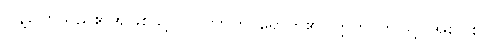
ပြန့်ပြောသည်၏အဖြစ်သို့။ ပါပုဏာတိ၊ ရောက်၏။ ဣတိ၊ ဤသို့။ အဝေါစ၊